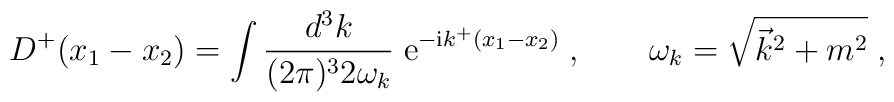
D^+(x_1-x_2) =  \int \frac{d^3k}{(2\pi)^3 2 \omega_k} \;\mathrm{e}^{-\mathrm{i} k^+(x_1-x_2)}\;, \qquad \omega_k = \sqrt{\vec{k}^2+m^2}\;,